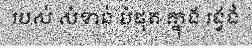
របស់ សំខាន់ បំផុត ក្នុង រង្វង់